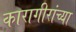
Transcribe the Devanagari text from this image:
कारागीरांच्या